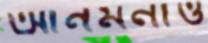
আনমনাও